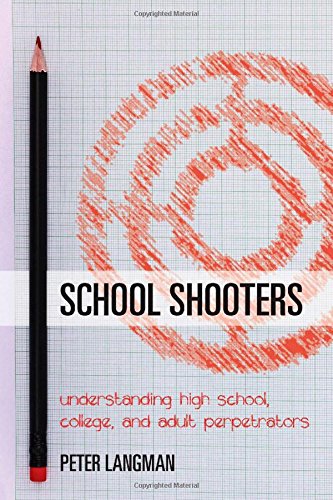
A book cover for School Shooters: Understanding High School, College, and Adult Perpetrators; Peter Langman; Health, Fitness & Dieting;